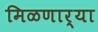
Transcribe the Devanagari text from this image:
मिळणार्या